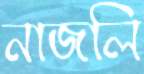
নাজলি